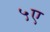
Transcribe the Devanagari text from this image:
५ए